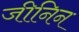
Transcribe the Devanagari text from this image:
जीनिन